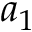
a _ { 1 }